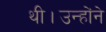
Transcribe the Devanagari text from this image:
थी।उन्होंने